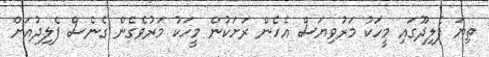
ތިޔަ ފެލިދޫގައި މީހަކު މަރުވިޔަސް އެހެން ރަށަކުން މީހަކު މަރުވެގެން ގެނެސް ފެލިދުއަށް